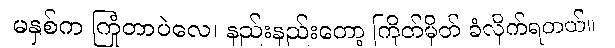
မနှစ်က ကြုံတာပဲလေ၊ နည်းနည်းတော့ ကြိတ်မှိတ် ခံလိုက်ရတယ်။